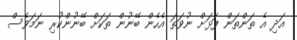
އަދި އެ ތަންތަން ފަޅަށް ނުވަތަ އެހެން ބޭނުން ތަކަށް ބޭނުންކުރި ނަމަވެސް